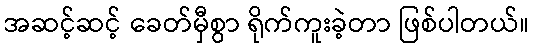
အဆင့်ဆင့် ခေတ်မှီစွာ ရိုက်ကူးခဲ့တာ ဖြစ်ပါတယ်။